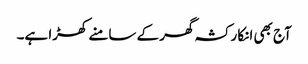
آج بھی انکا رکشہ گھر کے سامنے کھڑا ہے۔